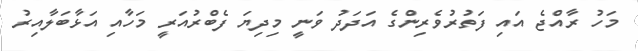
މަހު ރާއްޖެ އައި ފަތުރުވެރިންގެ އަދަދު ވަނީ މިދިޔަ ފެބްރުއަރީ މަހާއި އަޅާބަލާއިރު